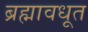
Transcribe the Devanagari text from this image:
ब्रह्मावधूत